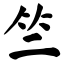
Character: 竺